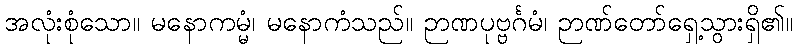
အလုံးစုံသော။ မနောကမ္မံ၊ မနောကံသည်။ ဉာဏပုဗ္ဗင်္ဂမံ၊ ဉာဏ်တော်ရှေ့သွားရှိ၏။